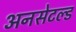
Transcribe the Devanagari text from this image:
अनसेटल्ड